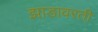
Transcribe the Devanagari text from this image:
झाडावरती